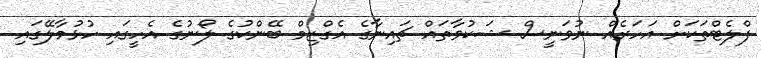
ފްލެޓްތަކަށް އަހަރެއް ނުވަނީސް ޝަކުވާތައް ޗައިނާގެ އެގްޒިމް ބޭންކުގެ ލޯނުގެ އެހީގައި ހުޅުމާލޭގައި